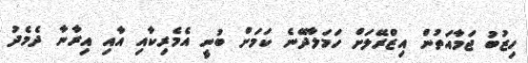
ހިޒުބު ޖަމާއަތުން އިޒްރޭލަށް ހަމަލާދޭނެ ކަމަށް ބުނީ އެމެރިކާއި އާއި އިރާނާ ދެމެދު